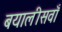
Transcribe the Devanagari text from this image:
बयालीसवाँ